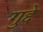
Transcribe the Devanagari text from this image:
गुद्दे